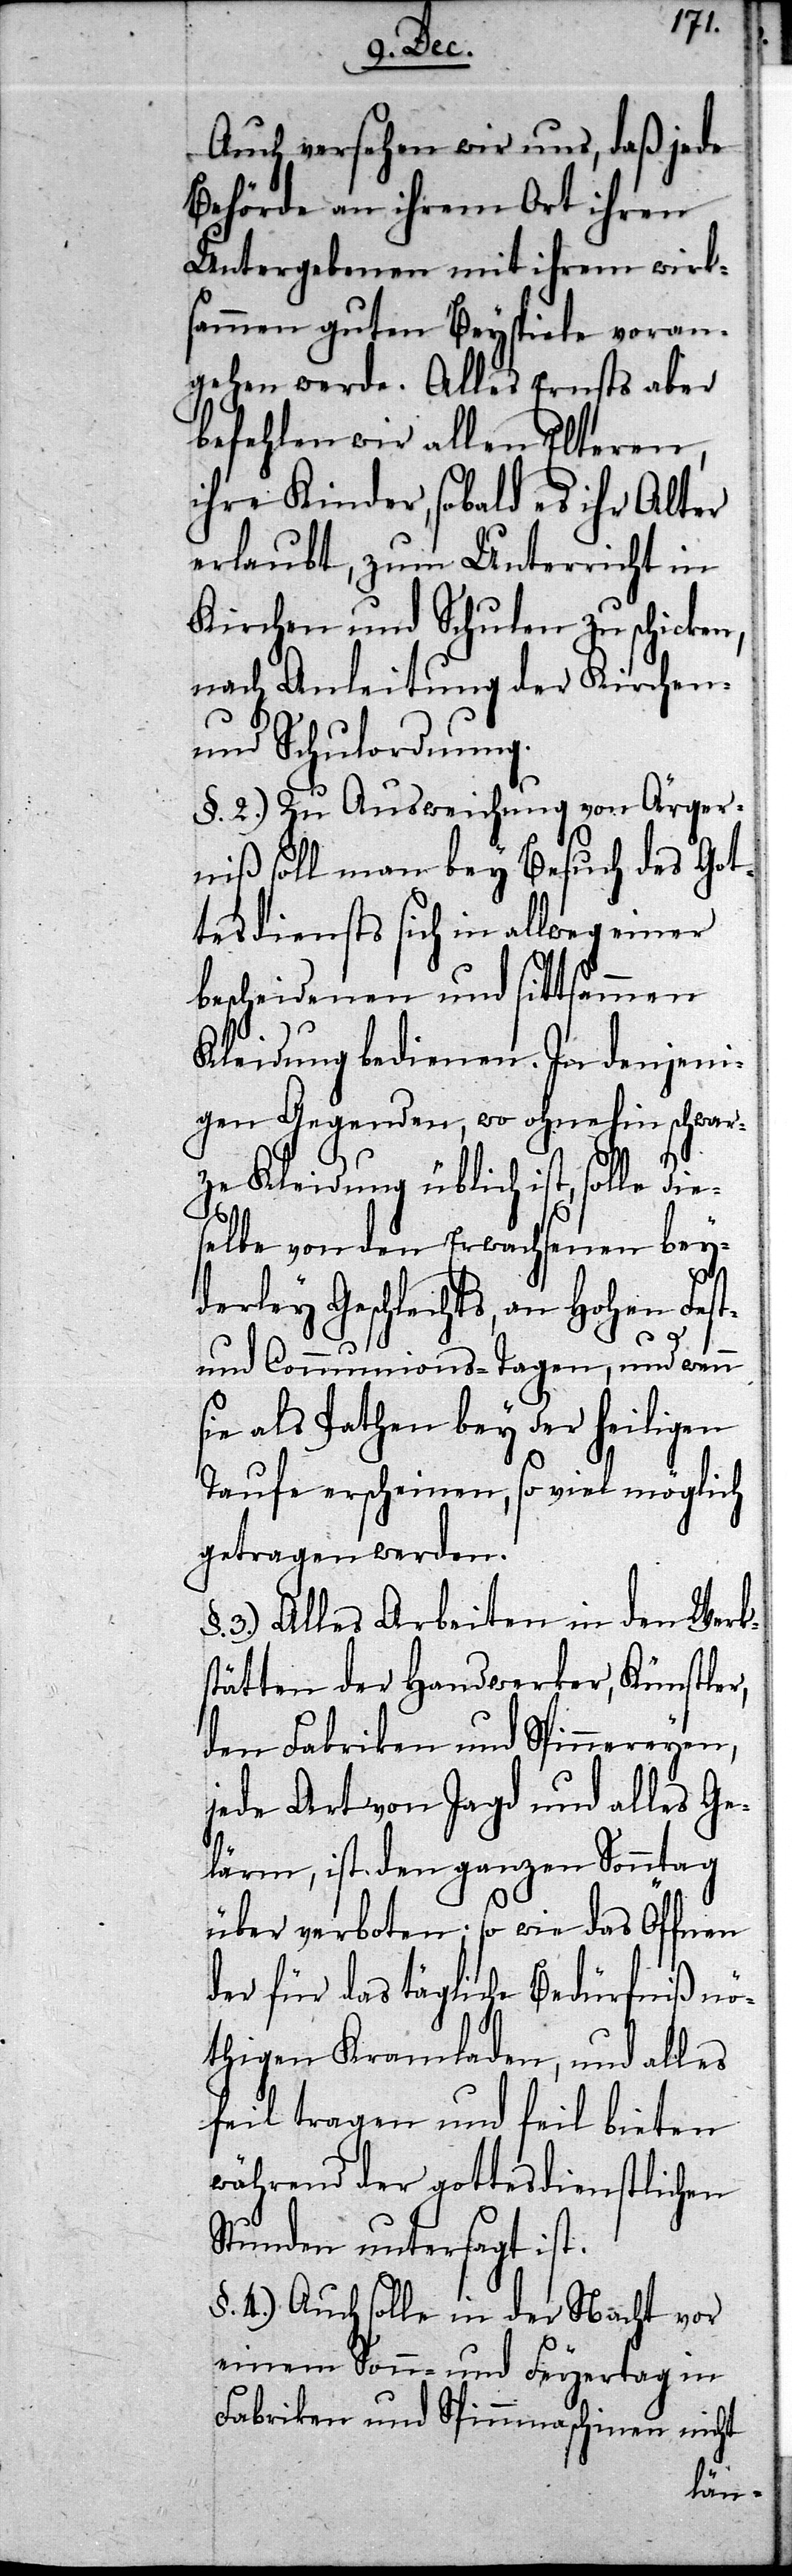
Auch versehen wir uns, daß jede
Behörde an ihrem Ort ihren
Untergebenen mit ihrem wirk¬
sammen guten Beyspiele voran¬
gehen werde. Alles Ernsts aber
befehlen wir allen Elteren,
ihre Kinder, sobald es ihr Alter
erlaubt, zum Unterricht in
Kirchen und Schulen zu schicken,
nach Anleitung der Kirchen-
und Schulordnung.
§. 2.) Zu Ausweichung von Ärger¬
niß soll man bey Besuch des Got¬
tesdiensts sich in allweg einer
bescheidenen und sittsammen
Kleidung bedienen. In denjeni¬
gen Gegenden, wo ohnehin schwar¬
ze Kleidung üblich ist, solle die¬
selbe von den Erwachsenen bey¬
derley Geschlechts, an Hohen Fest-
und Communions-Tagen, und wenn
sie als Pathen bey der heiligen
Taufe erscheinen, so viel möglich
getragen werden.
3.) Alles Arbeiten in den Werk¬
stätten der Handwerker, Künstler,
den Fabriken und Spinnereyen,
jede Art von Jagd und alles G¬
elärm, ist den ganzen Sonntag
über verboten; so wie das Öffnen
der für das tägliche Bedürfniß nö¬
thigen Kramladen, und alles
feil tragen und feil bieten
während der gottesdienstlichen
Stunden untersagt ist.
§. 4.) Auch solle in der Nacht vor
einem Sonn- und Feyertag in
Fabriken und Spinnmaschinen nicht